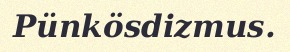
Pünkösdizmus.